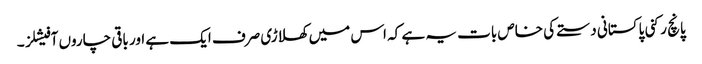
پانچ رکنی پاکستانی دستے کی خاص بات یہ ہے کہ اس میں کھلاڑی صرف ایک ہے اور باقی چاروں آفیشلز ۔